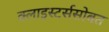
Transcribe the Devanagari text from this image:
क्लाइस्टर्ससोबत